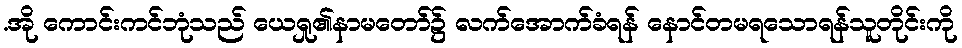
.အို ကောင်းကင်ဘုံသည် ယေရှု၏နာမတော်၌ လက်အောက်ခံရန် နောင်တမရသောရန်သူတိုင်းကို